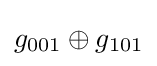
g_{001}\oplus g_{101}